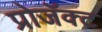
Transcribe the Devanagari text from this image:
प्रोजॅक्ट